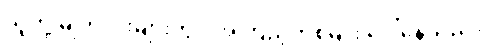
သူတို့ မျက်လုံးများတွင် အကြည့်တစ်မျိုး ပေါ်နေသည်။